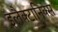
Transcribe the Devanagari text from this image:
इलैक्टानिक्स